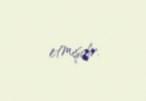
etmişdir.